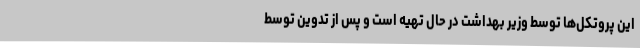
این پروتکل‌ها توسط وزیر بهداشت در حال تهیه است و پس از تدوین توسط